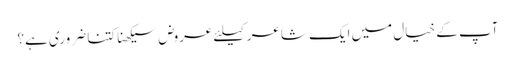
آپ کے خیال میں ایک شاعر کیلئے عروض سیکھنا کتنا ضروری ہے؟